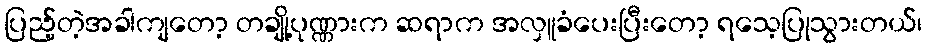
ပြည့်တဲ့အခါကျတော့ တချို့ပုဏ္ဏားက ဆရာက အလှူခံပေးပြီးတော့ ရသေ့ပြုသွားတယ်၊